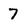
Character: 7